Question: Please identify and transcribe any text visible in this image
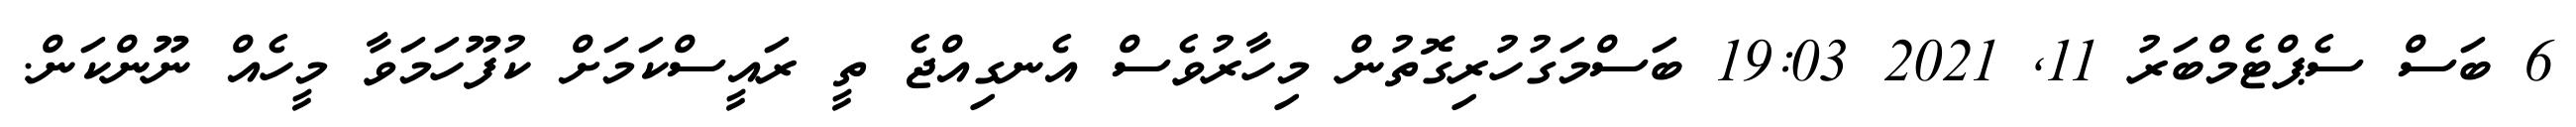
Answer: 6 ބަސް ސެޕްޓެމްބަރު 11, 2021 19:03 ބަސްމަގުހުރިގޮތުން މިހާރުވެސް އެނގިއްޖެ ތީ ރައީސްކަމަށް ކުފޫހަމަވާ މީހެއް ނޫންކަން.